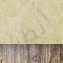
أنظرا